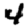
Digit: 4